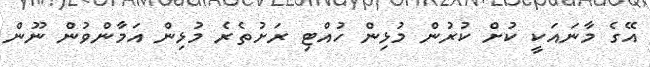
އޭގެ މާނައަކީ ކުށް ކުރުން މުޅިން ހުއްޓި ރަށުތެރެ މުޅިން އަމާންވުން ނޫން